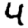
Digit: 4